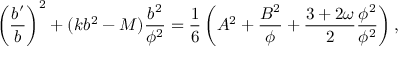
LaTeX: \left( { \frac { b ^ { \prime } } { b } } \right) ^ { 2 } + ( k b ^ { 2 } - M ) { \frac { b ^ { 2 } } { \phi ^ { 2 } } } = { \frac { 1 } { 6 } } \left( A ^ { 2 } + { \frac { B ^ { 2 } } { \phi } } + { \frac { 3 + 2 \omega } { 2 } } { \frac { \phi ^ { 2 } } { \phi ^ { 2 } } } \right) ,